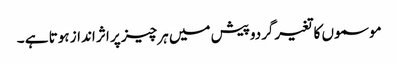
موسموں کا تغیرگردوپیش میں ہر چیز پر اثر انداز ہوتا ہے ۔